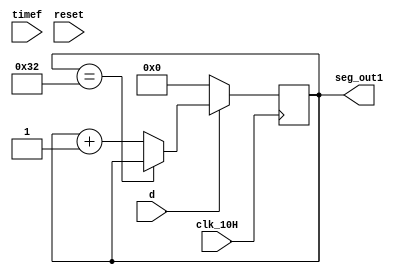

`timescale 1ns / 1ps
//////////////////////////////////////////////////////////////////////////////////
// Company: 
// Engineer: 
// 
// Design Name: 
// Module Name: user_module1
// Project Name: 
// Target Devices: 
// Tool Versions: 
// Description: 
// 
// Dependencies: 
// 
// Revision:
// Revision 0.01 - File Created
// Additional Comments:
// 
//////////////////////////////////////////////////////////////////////////////////


module user_module2(
    input clk_10H,
    input timef,
    input reset,
    input d,
    output [6:0] seg_out1
    );
    reg [6:0] count_reg=0;
    reg [6:0] count_next=0;
   
    
    always @(posedge clk_10H )
    begin
    if(~d)
    count_reg<=0;
    else
     count_reg<=count_next;
    end


    
   always@(*)
    begin
    count_next=count_reg;
    if(count_reg==7'd50)
    count_next=count_reg;
    else
    count_next=count_reg+1;
    end
    
   assign seg_out1=count_reg;
   
   endmodule